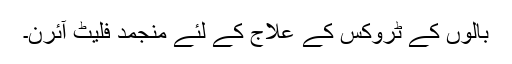
بالوں کے ٹروکس کے علاج کے لئے منجمد فلیٹ آئرن۔